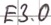
Text: E3.0